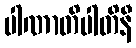
ပါဏာတိပါတိနီ